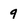
Character: 9